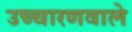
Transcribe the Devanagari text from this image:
उच्चारणवाले